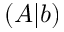
( A | b )